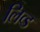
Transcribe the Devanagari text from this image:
लिव्‍ड